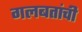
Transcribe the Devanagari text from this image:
गलबतांची